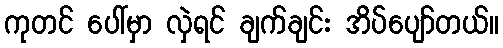
ကုတင် ပေါ်မှာ လှဲရင် ချက်ချင်း အိပ်ပျော်တယ်။